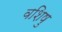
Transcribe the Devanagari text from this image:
वशिषु